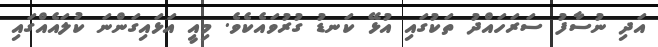
އަދި ނުސާފު ސަރަހައްދު ތަކުގައި އުޅޭ ކަނޑު ގުރުވައެކެވެ. މިއީ އަޅައިގަންނަ ކުލައެއްގައި